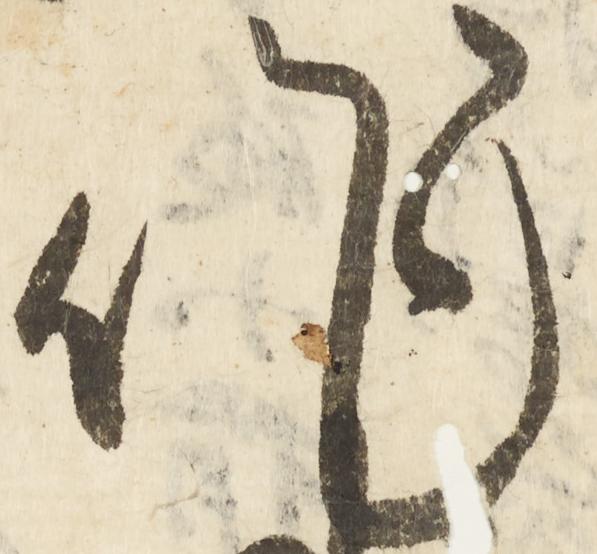
作